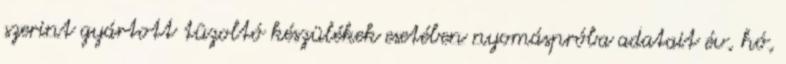
szerint gyártott tûzoltó készülékek esetében nyomáspróba adatait év, hó,